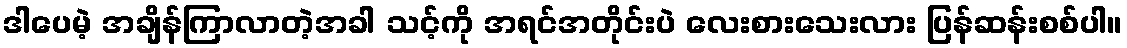
ဒါပေမဲ့ အချိန်ကြာလာတဲ့အခါ သင့်ကို အရင်အတိုင်းပဲ လေးစားသေးလား ပြန်ဆန်းစစ်ပါ။